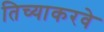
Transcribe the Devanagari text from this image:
तिच्याकरवे